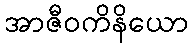
အာဇီဝကိနိယော